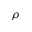
\rho